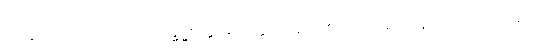
တတ္ထတာသု ဂါထာသု၊ ထိုသဒ္ဓမ္မစက္ကာနုပဝတ္တကေန၊ အစရှိသော ဒေသနာထုတိဂါထာတို့၌။